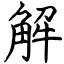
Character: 解